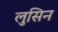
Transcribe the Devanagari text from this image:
लुसिन